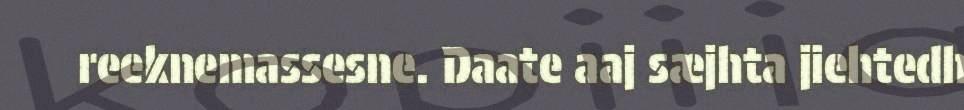
reeknemassesne. Daate aaj sæjhta jiehtedh